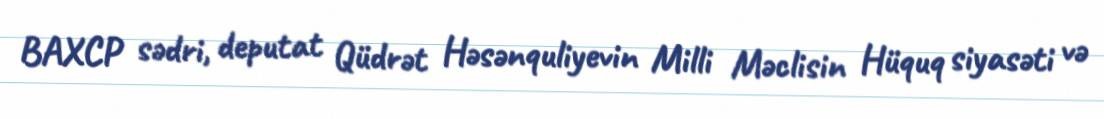
BAXCP sədri, deputat Qüdrət Həsənquliyevin Milli Məclisin Hüquq siyasəti və